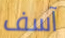
آسف